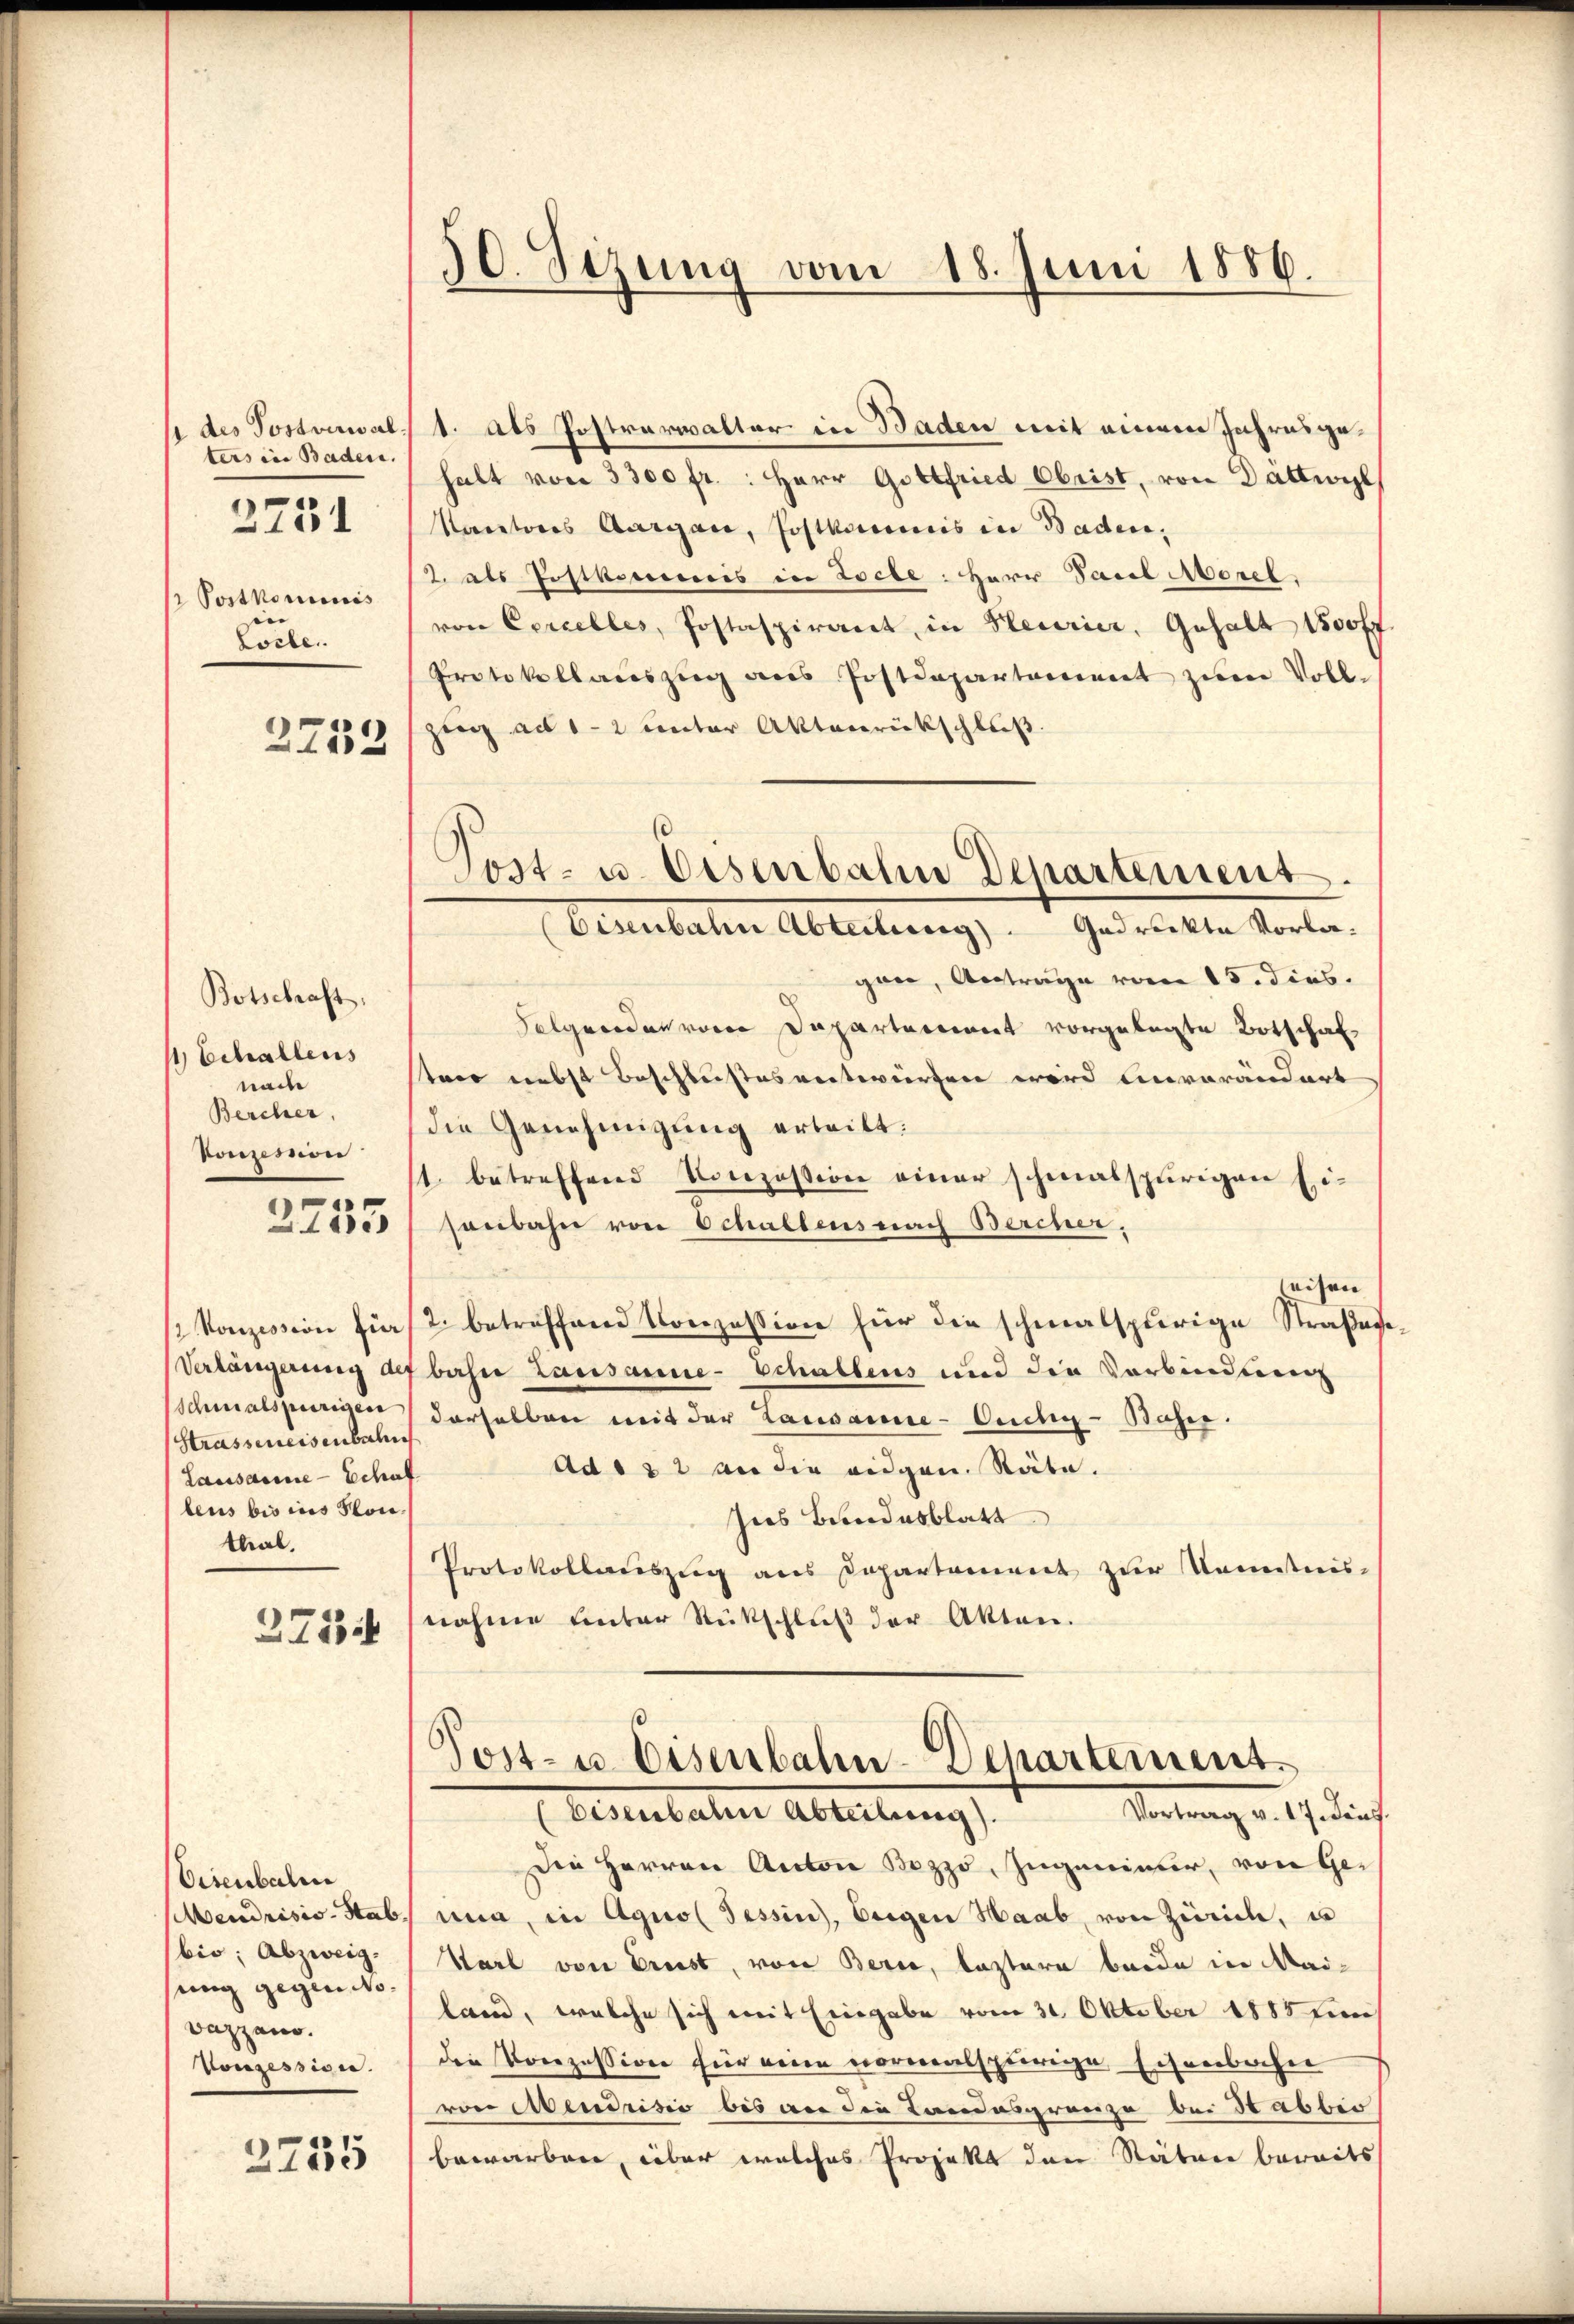
ters in Baden.
 Postkominis
 |
Lorbe

2751

2752

Botschaft.
 Echallens
nach
Bercher,
konzession

3755

2 Konzession für
Verlängerung der
Schmalspurigen
Strasseneisenbahn
Lausanne - Scha
bens bis ins Kon-
thal,

3713

Visenbale
bio; Abzweig.
sung gegen Novazzano.
vonzession.

2755

50. Sezung vom 18. Juni 1886.

des Postverwalt. Als Postverwalter in Baden mit einem Jahresgehalt von 3300 fr.: Herr Gottfried Obrist, von Dattwyl,
Kantons Aargau, Postkommis in Baden,
2. als Postkommis in Loche: Herr Paul Morel
von Cercelles, Postaspirant, in Steurier, Gehalt 1500 ff
Protokollauszug aus Postdepartement zum Voll-
zien ad 1-2 unter Aktenrückschluß.
gan, Antrage vom 15. dies.
Folgenden von Departement vorgelegte Botschaf
sten nebst Beschlußes entwürfen wird einverändert
die Genehmigung ertritt:
1. betreffend Konzession einer schmalspurigen Ei-
senbahn von Schallens nach Bercher,
eisen
2. betreffend Konzession für die schmalspurige Straßene
bahre Lausanne-Echallens und die Verbindung
derselben mit der Lausane-Oudlig - Bafer.
Ad 132 an die eidgen. Räte.
Ines Bundesblatt
Protokollauszug aus Departement zur Kenntnis-
nahme unter Rückschluß der Akten.

Post- u. Eisenbahn Departement.
Eisenbahn Abteilung). Gedruckte Vorla¬

Post- u. Eisenbahn-Departement¬
(Eisenbahn Abteilung). Vortrag v. 17. dens.

Die Herren Anton Bezzo, Ingenieser, von Ge-
Mendrisis-Stab nun, in Agno Tessin, beigen Haab, von Zürich, u
Harl von Preist, von Berne, lastern beide in Meiland, welche sich mit Eingabe vom 31. Oktober 1885
den Vorozession für eine vormalspurige Eisenbahn
von Abendrisis bis vor die Landesgrenze bei Stauben
bewarbene, über welches Projekt den Stäten bereits